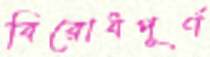
বিরোধপূর্ণ